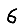
Digit: 6